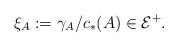
LaTeX: \begin{align*}\xi_A:=\gamma_A/c_*(A)\in\mathcal E^+.\end{align*}